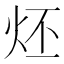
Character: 𤇨